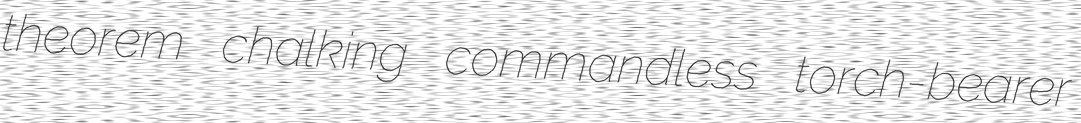
theorem chalking commandless torch-bearer